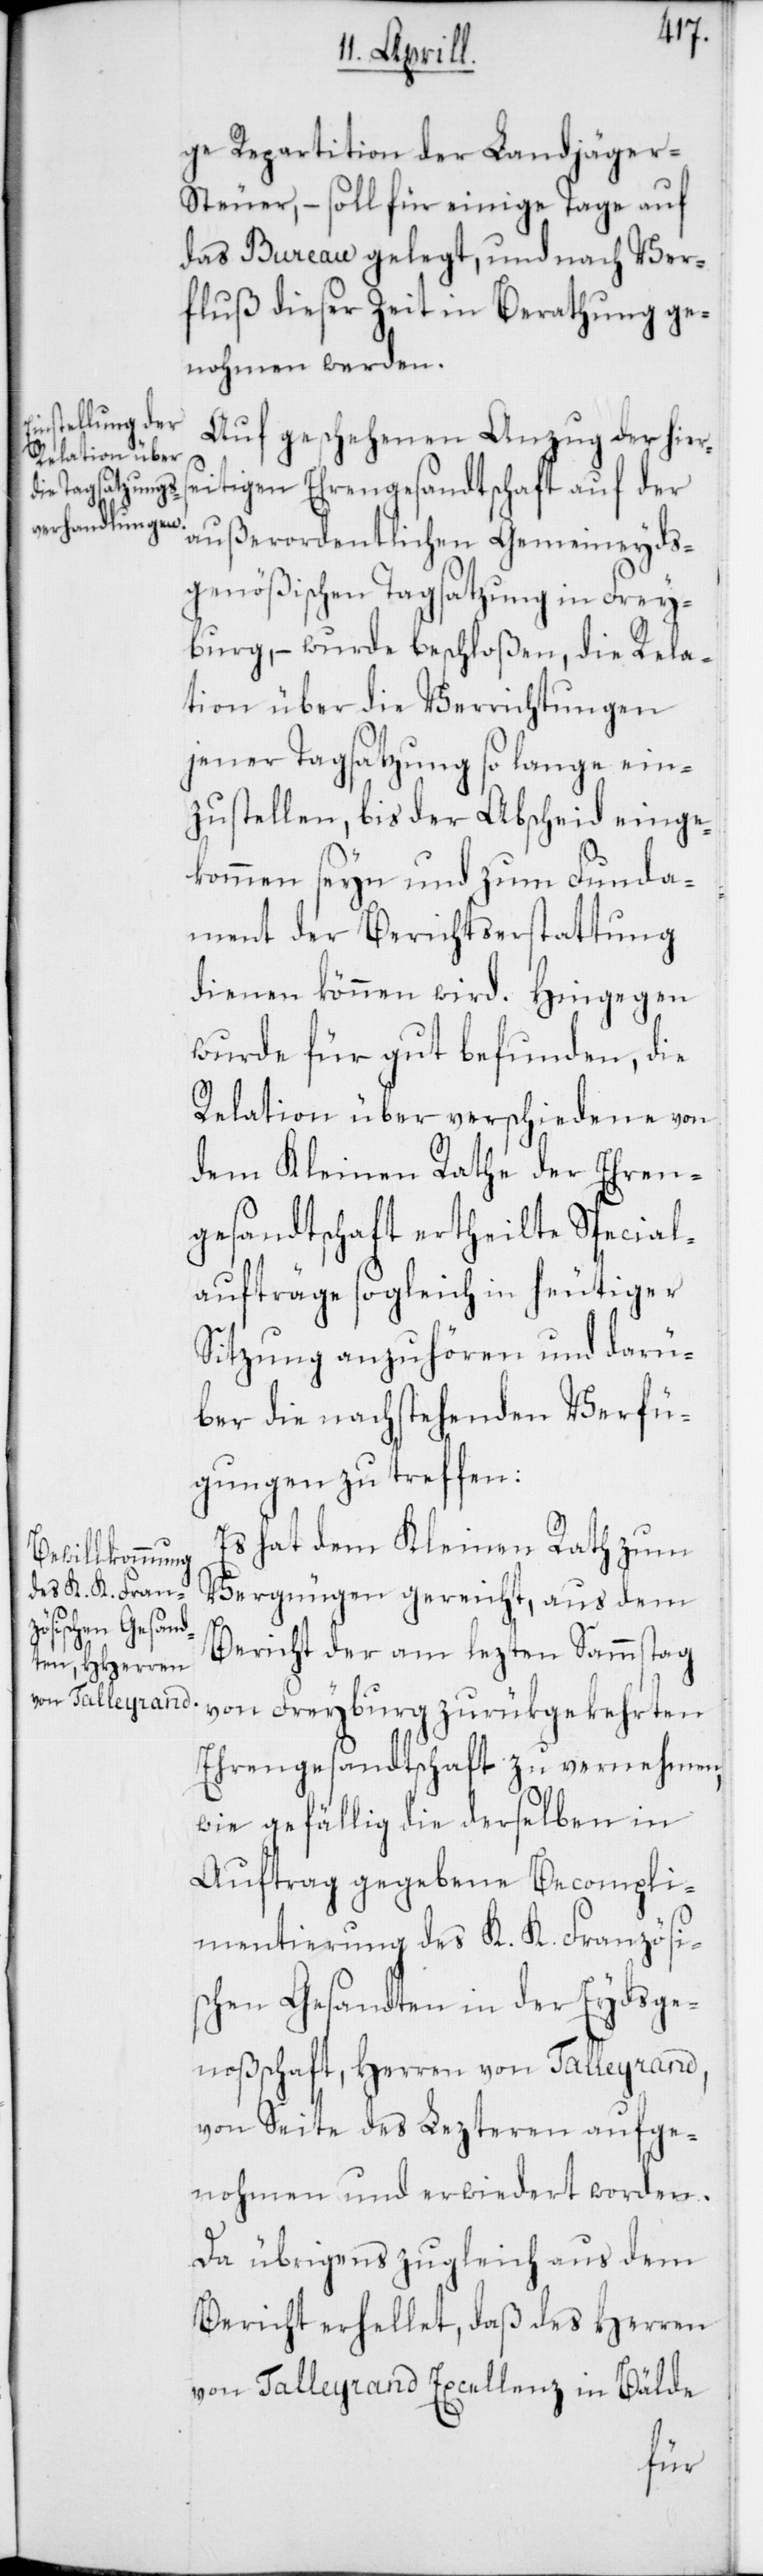
ge Repartition der Landjäger-S¬
teuer, – soll für einige Tage auf
das Bureau gelegt, und nach Ver¬
fluß dieser Zeit in Berathung ge¬
nohmen werden.
Auf geschehenen Anzug der hier¬
seitigen Ehrengesandtschaft auf der
außerordentlichen Gemeineyds¬
genößischen Tagsatzung in Frey¬
burg, – wurde beschloßen, die Rela¬
tion über die Verrichtungen
jener Tagsatzung so lange ein¬
zustellen, bis der Abscheid einge¬
kommen seyn und zum Funda¬
ment der Berichterstattung
dienen können wird. Hingegen
wurde für gut befunden, die
Relation über verschiedene von
dem Kleinen Rathe der Ehren¬
gsandtschaft ertheilte Special¬
aufträge sogleich in heutiger
Sitzung anzuhören und darü¬
ber die nachstehenden Verfü¬
gungen zu treffen:
Es hat dem Kleinen Rath zum
Vergnügen gereicht, aus dem
Bericht der am lezten Sammstag
von Freyburg zurükgekehrten
Ehrengesandtschaft zu vernehmen,
wie gefällig die derselben in
Auftrag gegebene Becompli¬
mentierung des K. K. Französi¬
schen Gesandten in der Eydsge¬
noßenschaft, Herren von Talleyrand,
von Seite des Lezteren aufge¬
nohmen und erwiederet worden.
Da übrigens zugleich aus dem
Bericht erhellet, daß des Herren
von Talleyrand Excellenz in Bälde